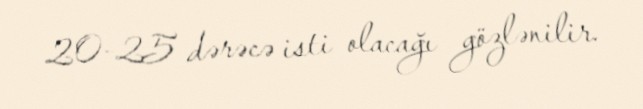
20-25 dərəcə isti olacağı gözlənilir.